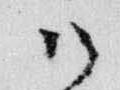
御